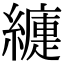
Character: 𦆍